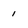
Character: 1